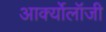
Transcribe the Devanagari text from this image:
आर्क्योलॉजी